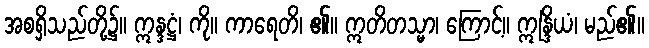
အစရှိသည်တို့၌။ ဣန္ဒဋ္ဌံ၊ ကို။ ကာရေတိ၊ ၏။ ဣတိတသ္မာ၊ ကြောင့်။ ဣန္ဒြိယံ၊ မည်၏။